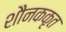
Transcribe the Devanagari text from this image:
शौनककृत